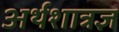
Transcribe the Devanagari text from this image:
अर्थशात्रज्ञ